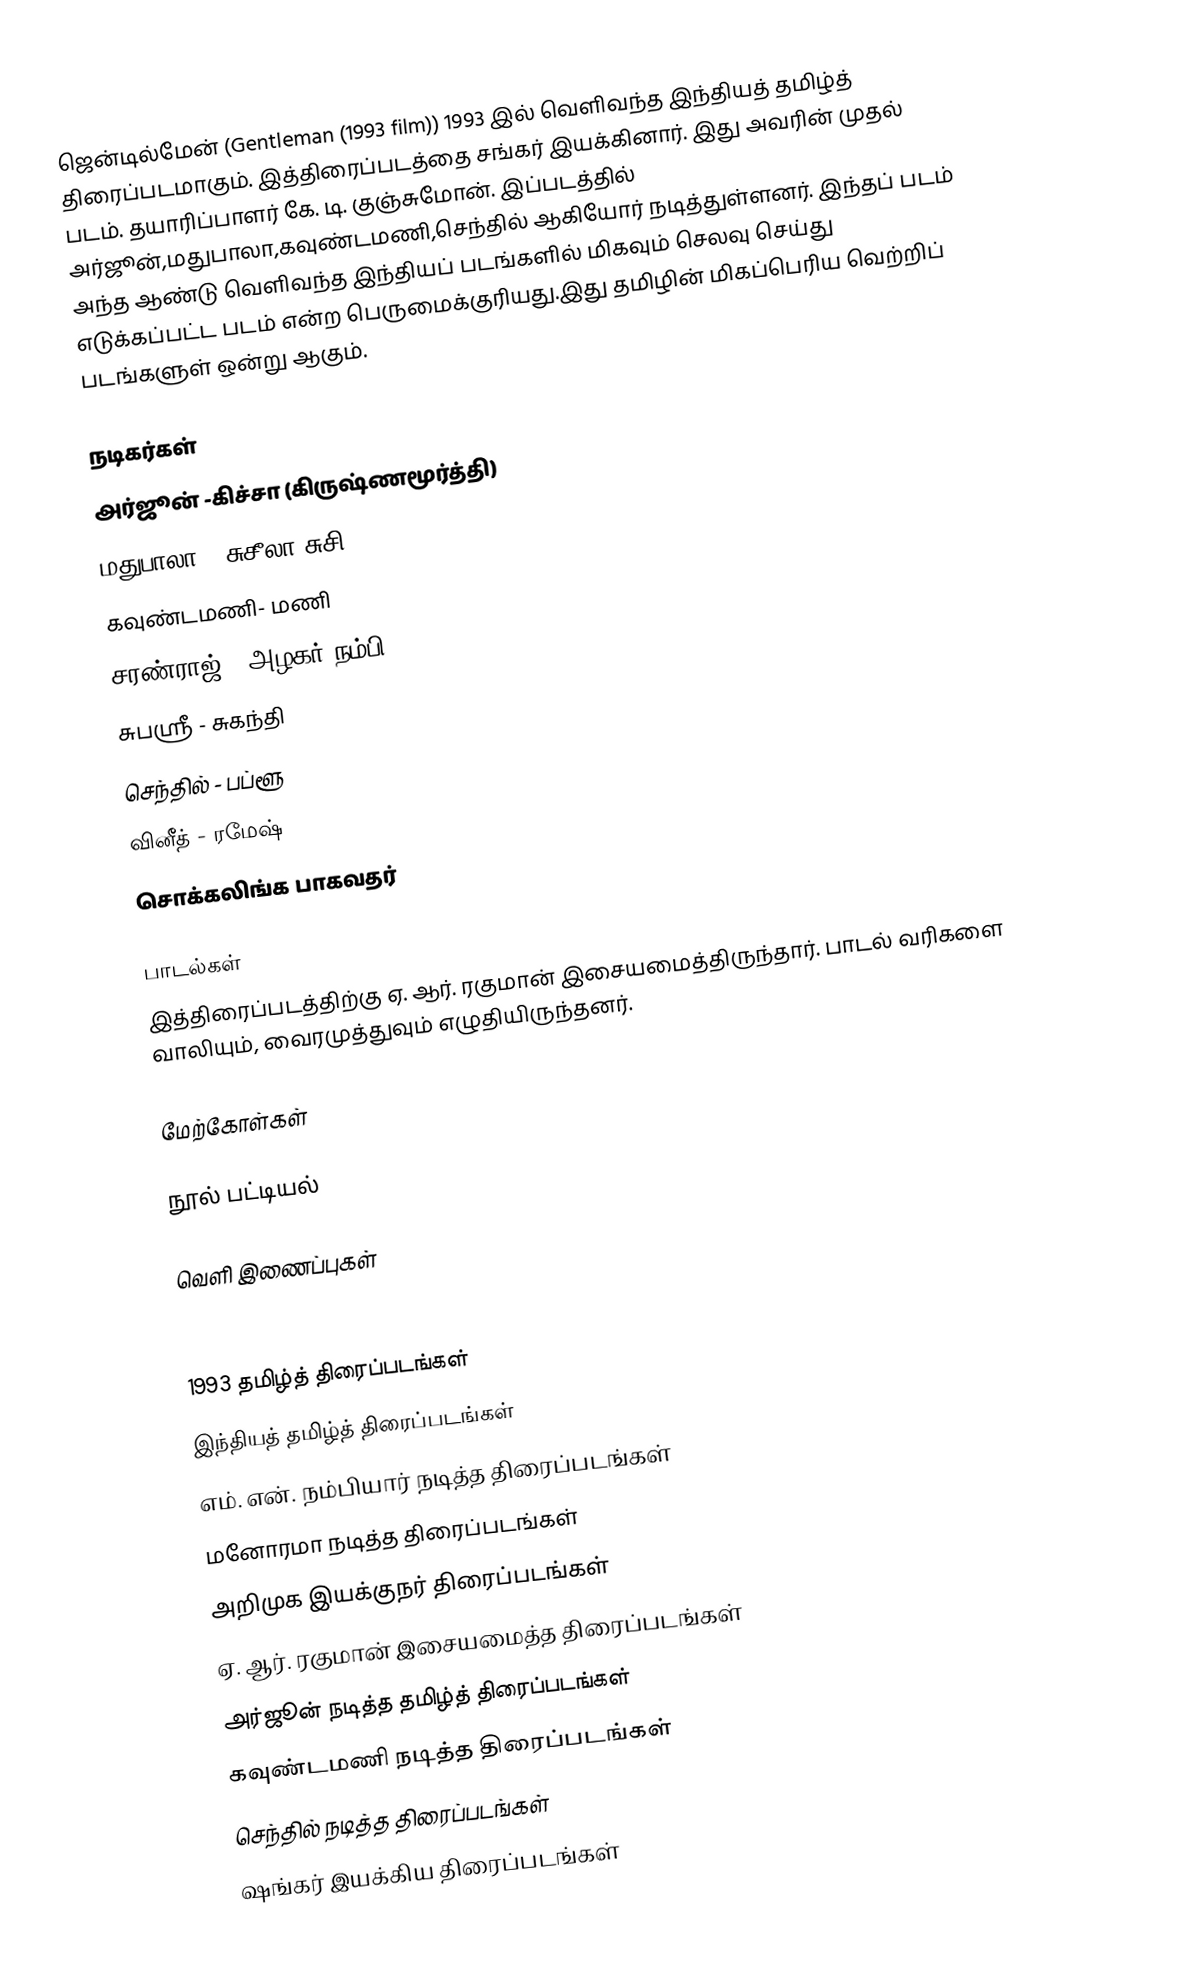
ஜென்டில்மேன் (Gentleman (1993 film)) 1993 இல் வெளிவந்த இந்தியத் தமிழ்த் திரைப்படமாகும். இத்திரைப்படத்தை சங்கர் இயக்கினார். இது அவரின் முதல் படம். தயாரிப்பாளர் கே. டி. குஞ்சுமோன். இப்படத்தில் அர்ஜூன்,மதுபாலா,கவுண்டமணி,செந்தில் ஆகியோர் நடித்துள்ளனர். இந்தப் படம் அந்த ஆண்டு வெளிவந்த இந்தியப் படங்களில் மிகவும் செலவு செய்து எடுக்கப்பட்ட படம் என்ற பெருமைக்குரியது.இது தமிழின் மிகப்பெரிய வெற்றிப் படங்களுள் ஒன்று ஆகும்.

நடிகர்கள்
அர்ஜூன் -கிச்சா (கிருஷ்ணமூர்த்தி)
 மதுபாலா - சுசீலா(சுசி)
 கவுண்டமணி- மணி
 சரண்ராஜ் - அழகர் நம்பி
 சுபஸ்ரீ - சுகந்தி
 செந்தில் - பப்ளூ
 வினீத் - ரமேஷ்
 சொக்கலிங்க பாகவதர்

பாடல்கள்
இத்திரைப்படத்திற்கு ஏ. ஆர். ரகுமான் இசையமைத்திருந்தார். பாடல் வரிகளை வாலியும், வைரமுத்துவும் எழுதியிருந்தனர்.

மேற்கோள்கள்

நூல் பட்டியல்

வெளி இணைப்புகள்

1993 தமிழ்த் திரைப்படங்கள்
இந்தியத் தமிழ்த் திரைப்படங்கள்
எம். என். நம்பியார் நடித்த திரைப்படங்கள்
மனோரமா நடித்த திரைப்படங்கள்
அறிமுக இயக்குநர் திரைப்படங்கள்
ஏ. ஆர். ரகுமான் இசையமைத்த திரைப்படங்கள்
அர்ஜூன் நடித்த தமிழ்த் திரைப்படங்கள்
கவுண்டமணி நடித்த திரைப்படங்கள்
செந்தில் நடித்த திரைப்படங்கள்
ஷங்கர் இயக்கிய திரைப்படங்கள்